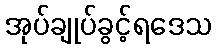
အုပ်ချုပ်ခွင့်ရဒေသ